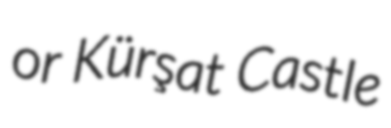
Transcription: or Kürşat Castle